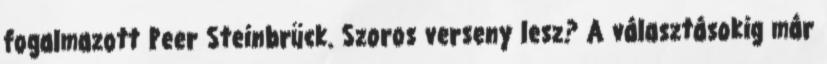
fogalmazott Peer Steinbrück. Szoros verseny lesz? A választásokig már